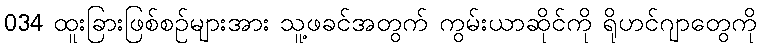
034 ထူးခြားဖြစ်စဉ်များအား သူ့ဖခင်အတွက် ကွမ်းယာဆိုင်ကို ရိုဟင်ဂျာတွေကို